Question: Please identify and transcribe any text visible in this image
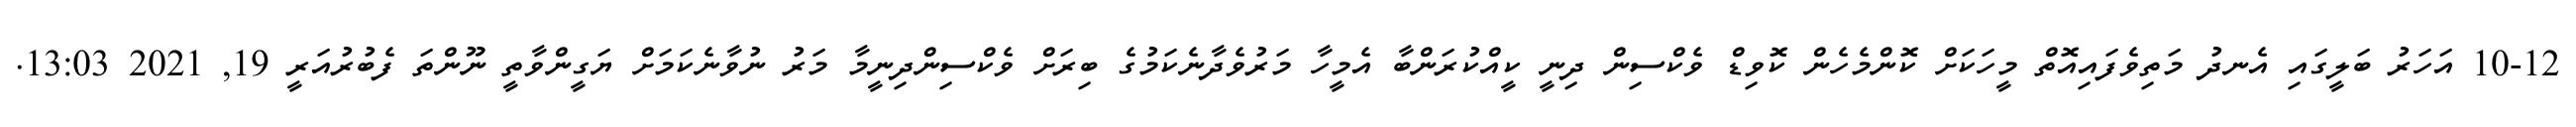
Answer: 10-12 އަހަރު ބަލީގައި އެނދު މަތިވެފައިއޮތް މީހަކަށް ކޮންމެހެން ކޮވިޑް ވެކްސިން ދިނީ ކީއްކުރަންބާ އެމީހާ މަރުވެދާނެކަމުގެ ބިރަށް ވެކްސިންދިނީމާ މަރު ނުވާނެކަމަށް ޔަގީންވާތީ ނޫންތަ ފެބުރުއަރީ 19, 2021 13:03.